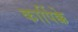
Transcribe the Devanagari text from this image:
कार्पिक्के